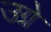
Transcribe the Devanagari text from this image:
उग्रे